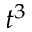
t ^ { 3 }